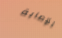
للإصابة